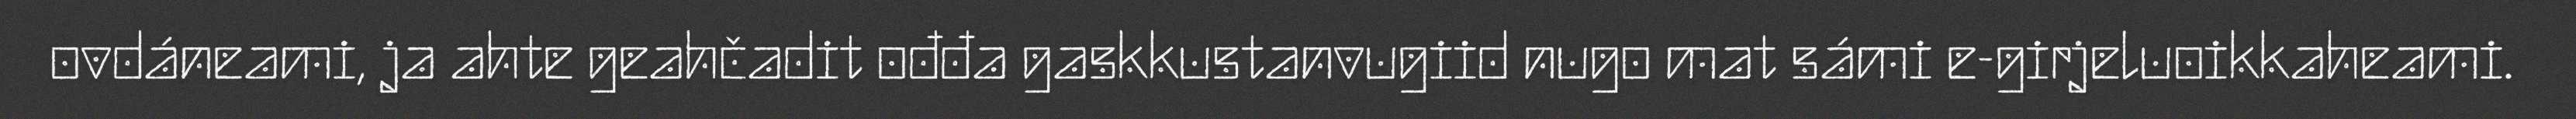
ovdáneami, ja ahte geahčadit ođđa gaskkustanvugiid nugo mat sámi e-girjeluoikkaheami.